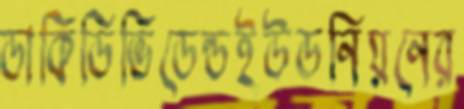
ডাকিডিভিডেন্ডইউডনিয়নের